画像に写った文字を読んでください
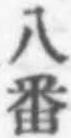
「八番」と書いてあります